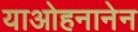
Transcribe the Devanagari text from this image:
याओहनानेन